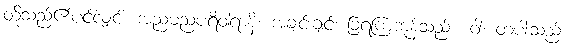
တို့သည်၏ပင်လျှင်။ အညမညပရိဝါရာနိ။ အချင်းချင်း ခြံရံကြကုန်သည်း။ ဝါ၊ တပါးသည်